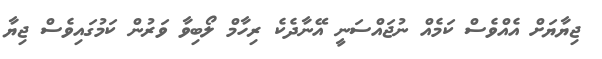
ޖިޔާޔަށް އެއްވެސް ކަމެއް ނުޖައްސަނީ އޭނާދެކެ ރިހާމް ލޯބިވާ ވަރުން ކަމުގައިވެސް ޖިޔާ